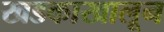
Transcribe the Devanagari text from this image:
खडकाखालून